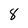
Character: 8